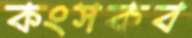
কংসকব